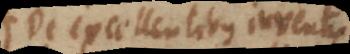
De excellentibus inventis